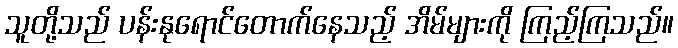
သူတို့သည် ပန်းနုရောင်တောက်နေသည့် အိမ်များကို ကြည့်ကြသည်။